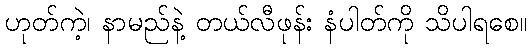
ဟုတ်ကဲ့၊ နာမည်နဲ့ တယ်လီဖုန်း နံပါတ်ကို သိပါရစေ။